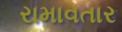
રામાવતાર